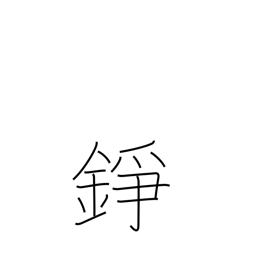
Meaning: gong